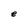
Character: e